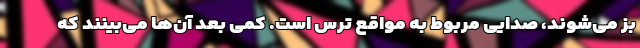
بز می‌شوند، صدایی مربوط به مواقع ترس است. کمی بعد آن‌ها می‌بینند که